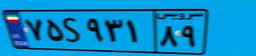
۷۵S۹۳۱۸۹